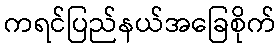
ကရင်ပြည်နယ်အခြေစိုက်